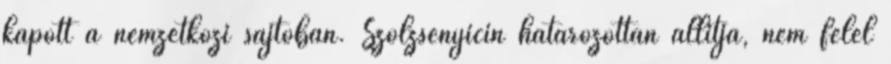
kapott a nemzetközi sajtóban. Szolzsenyicin határozottan állítja, nem felel